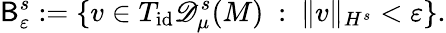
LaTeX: \mathsf{B}_{\varepsilon}^{s}:=\{ v\in T_{\mathrm{id}}\mathscr{D}_{\mu}^{s}(M)\ :\ \| v\| _{H^{s}}<\varepsilon\} .